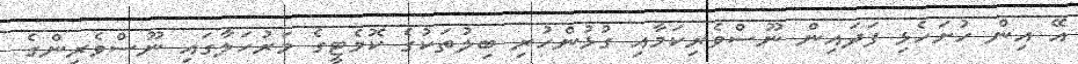
އޭ އިން ހުށަހެޅި ފަދައިން ނޫސްވެރިކަމާއި ގުޅުންހުރި ބިލުތަކުގެ ކޮމެޓީގެ މަރުހަލާގައި ނޫސްވެރިންގެ